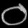
Digit: ၀